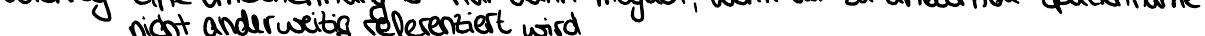
nicht anderweitig referenziert wird